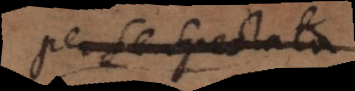
per se spectata